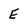
Character: E